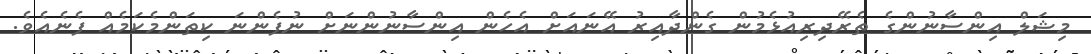
މިޝަލް އިންސާނުންގެ ތެރޭދިރިއުޅެމުން ގެންދާއިރު އޭނައަށް އެހެން އިންސާނުންނަށް ނުފެންނަ ކިތަންމެކަމެއް ފެނެއެވެ.